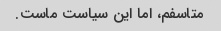
متاسفم، اما این سیاست ماست.